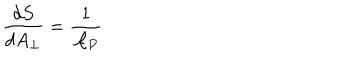
{ \frac { d S } { d A _ { \perp } } } = { \frac { 1 } { { \cal A } _ { P } } }